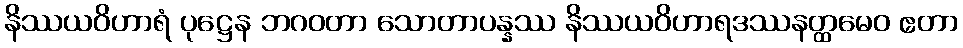
နိဿယဝိဟာရံ ပုဋ္ဌေန ဘဂဝတာ သောတာပန္နဿ နိဿယဝိဟာရဒဿနတ္ထမေဝ ဧတာ